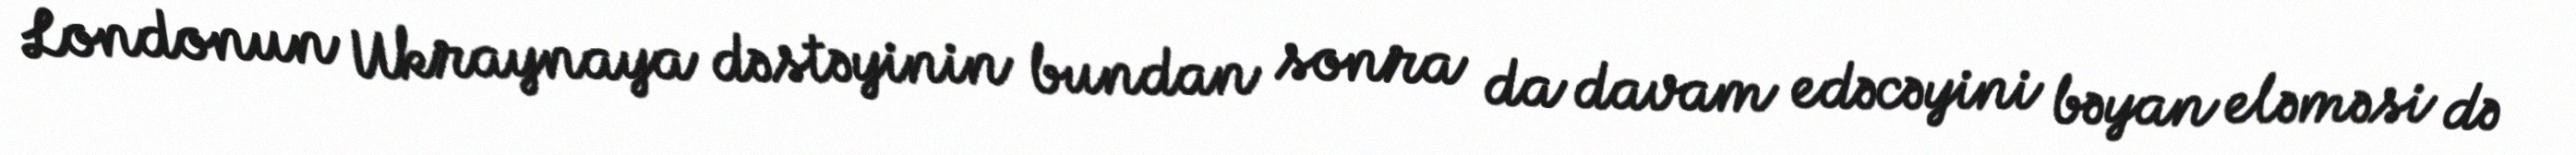
Londonun Ukraynaya dəstəyinin bundan sonra da davam edəcəyini bəyan eləməsi də